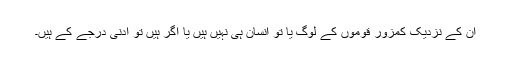
ان کے نزدیک کمزور قوموں کے لوگ یا تو انسان ہی نہیں ہیں یا اگر ہیں تو ادنیٰ درجے کے ہیں۔